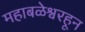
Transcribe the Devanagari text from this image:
महाबळेश्वरहून